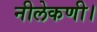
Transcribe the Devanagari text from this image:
नीलेकणी।